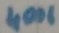
Text: 4001